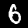
Label: 6